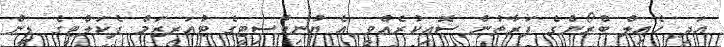
އަދި ހެއިލް ބްރޯންގެ ފަރާތުން ސޮއިކުރެއްވީ އެ ޔުނިވާސިޓީގެ ޓުއަރިޒަމް ފެކަލްޓީގެ ޑީން